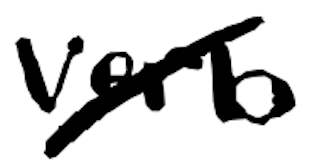
Text: verb
Cross-out: diagonal
Writing tool: digital_black